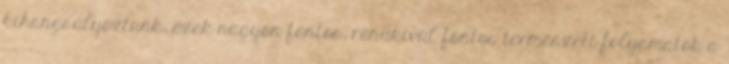
kihangsúlyoztunk, ezek nagyon fontos, rendkívül fontos természeti folyamatok a